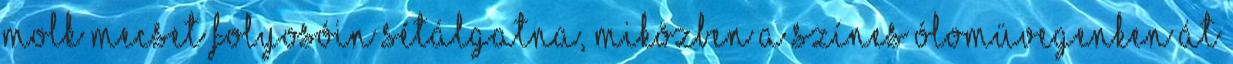
Molk mecset folyosóin sétálgatna, miközben a színes ólomüvegenken át